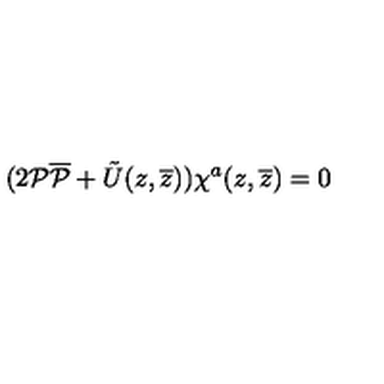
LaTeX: ( 2 { \cal P } { \overline { { \cal P } } } + \tilde { U } ( z , \overline { { z } } ) ) \chi ^ { a } ( z , \overline { { z } } ) = 0